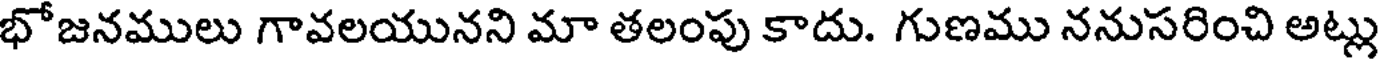
భోజనములు గావలయునని మా తలంపు కాదు. గుణము ననుసరించి అట్లు